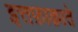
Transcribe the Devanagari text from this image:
इत्तफ़ाक़ाते